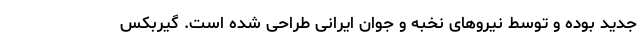
جدید بوده و توسط نیروهای نخبه و جوان ایرانی طراحی شده است. گیربکس